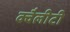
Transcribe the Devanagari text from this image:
क्वैलीटी